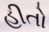
હીતો